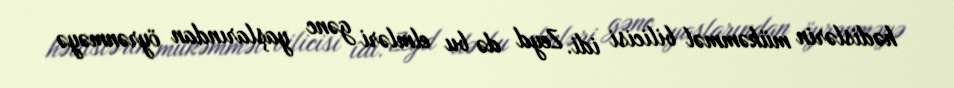
hədislərin mükəmməl bilicisi idi. Zeyd də bu elmləri gənc yaşlarından öyrənməyə